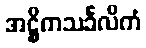
အဋ္ဌိကသင်္ခလိကံ